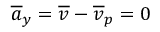
\overline { { a } } _ { y } = \overline { { v } } - \overline { { v } } _ { p } = 0